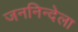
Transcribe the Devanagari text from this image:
जननिन्देला